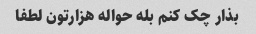
بذار چک کنم بله حواله هزارتون لطفا